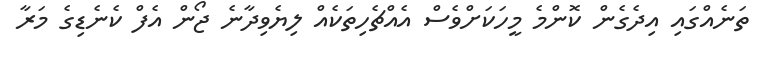
ތަނެއްގައި އިދެގެން ކޮންމެ މީހަކަށްވެސް އެއްޗެހިތަކެއް ލިޔެވިދާނެ ޖޯން އެފް ކެނެޑިގެ މަރާ